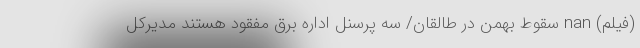
(فیلم) nan سقوط بهمن در طالقان/ سه پرسنل اداره برق مفقود هستند مدیرکل